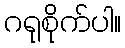
ဂရုစိုက်ပါ။